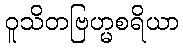
ဝူသိတဗြဟ္မစရိယာ